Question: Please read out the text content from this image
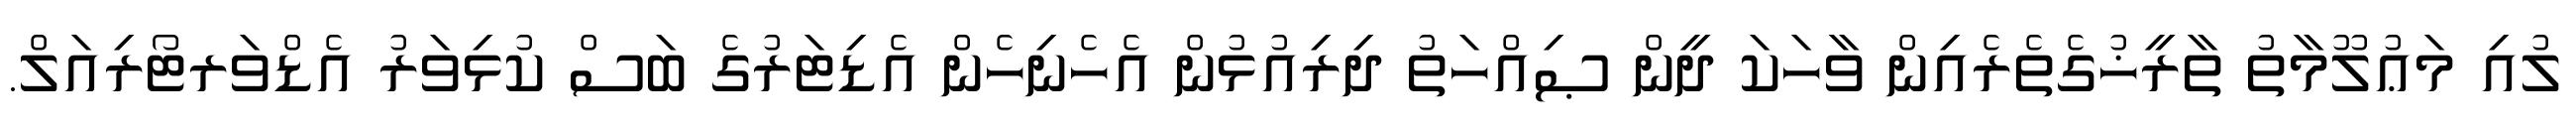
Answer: ލުއި މަޢުލޫމާތު ތާރީޚުގެތެރެއިން ވާހަކަ ދީން ޞިއްހަތު ދިރިއުޅުން އެހެނިހެން އެޑިޓަރުގެ ބަސް ކުޅިވަރު އެޑްވަރޓޯރިއަލް.